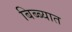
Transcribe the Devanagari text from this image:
बिब्ब्यात